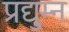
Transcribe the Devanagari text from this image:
प्रद्यु्म्न